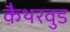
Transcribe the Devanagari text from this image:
कैथरवुड